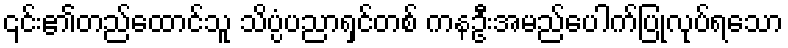
၎င်း၏တည်ထောင်သူ သိပ္ပံပညာရှင်တစ် ကနဦးအမည်ပေါက်ပြုလုပ်ရသော